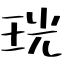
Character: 珖